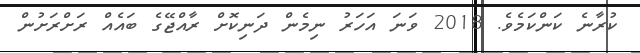
ކުރާނެ ކަންކަމެވެ. 2018 ވަނަ އަހަރު ނިމެން ދަނިކޮށް ރާއްޖޭގެ ބައެއް ރަށްރަށުން